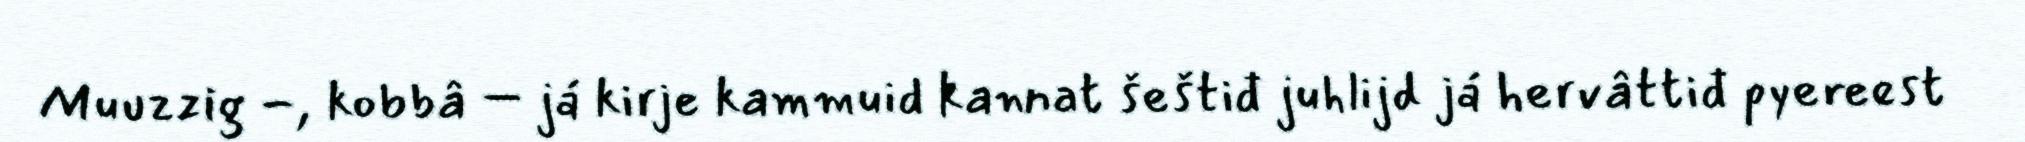
Muuzzig -, kobbâ – já kirje kammuid kannat šeštiđ juhlijd já hervâttiđ pyereest